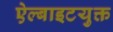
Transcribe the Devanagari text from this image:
ऐल्बाइटयुक्त